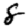
Digit: 8